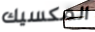
المكسيك